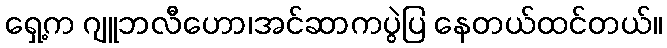
ရှေ့က ဂျူဘလီဟော၊အင်ဆာကပွဲပြ နေတယ်ထင်တယ်။